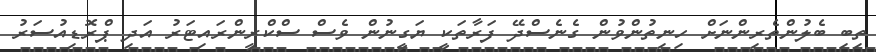
ތިބި ބެލުންތެރިންނަށް ހިނިތުންވުން ގެނެސްދޭ ފަރާތަކީ ޔަގީނުން ވެސް ސްކްރީންރައިޓަރު އަދި ޕްރޮޑިއުސަރު